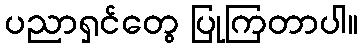
ပညာရှင်တွေ ပြုကြတာပါ။